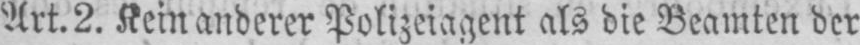
Art. 2. Kein anderer Polizeiagent als die Beamten der